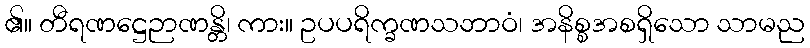
၏။ တီရဏဋ္ဌေဉာဏန္တိ၊ ကား။ ဥပပရိက္ခဏသဘာဝံ၊ အနိစ္စအစရှိသော သာမည